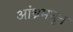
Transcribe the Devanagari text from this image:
आंध्रमधून